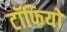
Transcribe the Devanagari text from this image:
टॉफियों